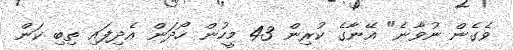
ވެގެން ނުވާނެ" އޭނާގެ ކުރިން 43 މީހުން ހޯދަން އެދިފައި ތިބި ކަން